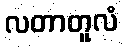
လတာတူလံ